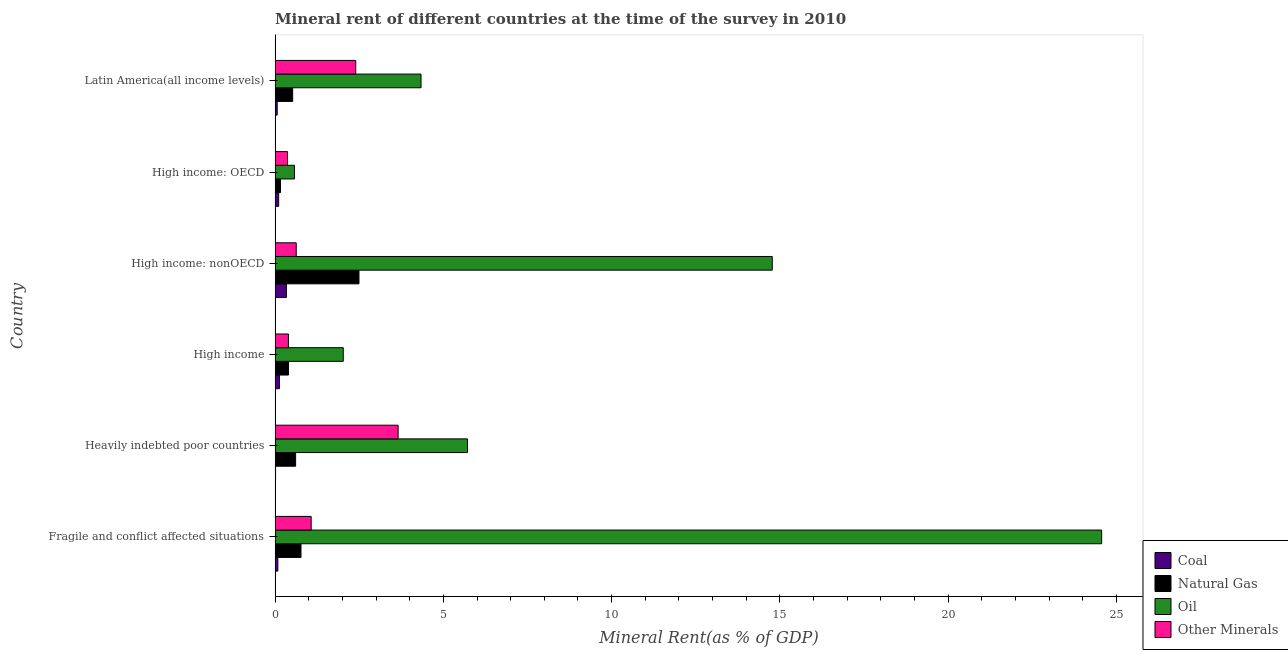
| Country | Coal | Natural Gas | Oil | Other Minerals |
 | --- | --- | --- | --- | --- |
 | Fragile and conflict affected situations | 0.0821 | 0.77 | 24.6 | 1.07 |
 | Heavily indebted poor countries | 0.0144 | 0.611 | 5.72 | 3.66 |
 | High income | 0.13 | 0.399 | 2.03 | 0.396 |
 | High income: nonOECD | 0.337 | 2.49 | 14.8 | 0.628 |
 | High income: OECD | 0.106 | 0.161 | 0.576 | 0.37 |
 | Latin America(all income levels) | 0.0629 | 0.523 | 4.34 | 2.4 |